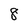
Character: 8